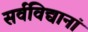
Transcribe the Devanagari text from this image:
सर्वविद्यानां